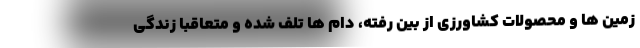
زمین ها و محصولات کشاورزی از بین رفته، دام ها تلف شده و متعاقباً زندگی